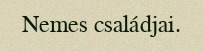
Nemes családjai.